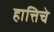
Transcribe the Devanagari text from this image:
हात्तिचे